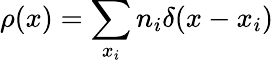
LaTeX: \rho(x)=\sum_{x_{i}}n_{i}\delta(x-x_{i})